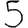
Digit: 5